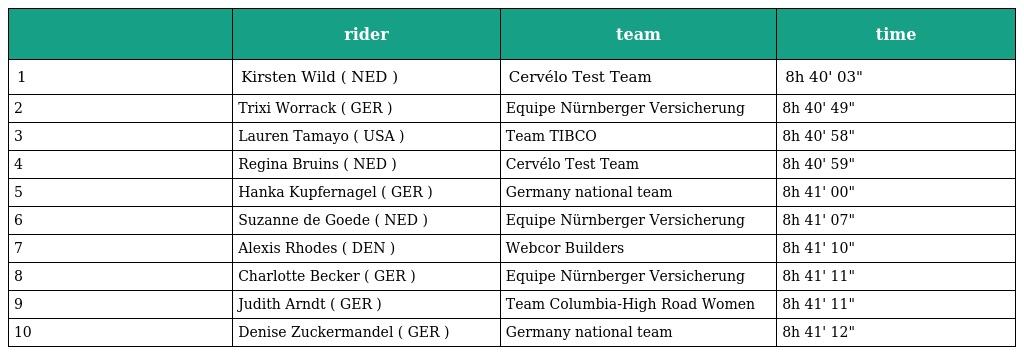
|  | rider | team | time |
 | --- | --- | --- | --- |
 | 1 | Kirsten Wild ( NED ) | Cervélo Test Team | 8h 40' 03" |
 | 2 | Trixi Worrack ( GER ) | Equipe Nürnberger Versicherung | 8h 40' 49" |
 | 3 | Lauren Tamayo ( USA ) | Team TIBCO | 8h 40' 58" |
 | 4 | Regina Bruins ( NED ) | Cervélo Test Team | 8h 40' 59" |
 | 5 | Hanka Kupfernagel ( GER ) | Germany national team | 8h 41' 00" |
 | 6 | Suzanne de Goede ( NED ) | Equipe Nürnberger Versicherung | 8h 41' 07" |
 | 7 | Alexis Rhodes ( DEN ) | Webcor Builders | 8h 41' 10" |
 | 8 | Charlotte Becker ( GER ) | Equipe Nürnberger Versicherung | 8h 41' 11" |
 | 9 | Judith Arndt ( GER ) | Team Columbia-High Road Women | 8h 41' 11" |
 | 10 | Denise Zuckermandel ( GER ) | Germany national team | 8h 41' 12" |